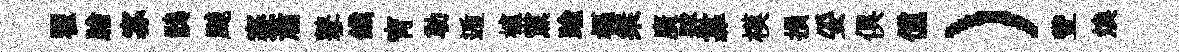
翟膾寡鶻飇蹇蕭鼕鐵宵勒遁櫨黨踰樞桀廣肆靠模損妥俱儻）豐焕